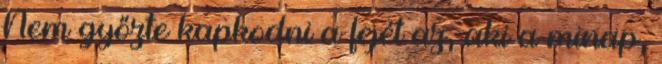
Nem győzte kapkodni a fejét az, aki a minap,